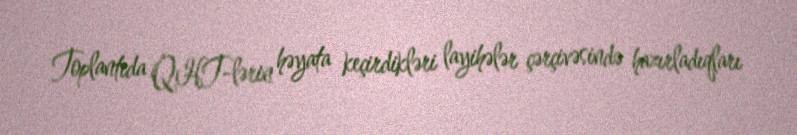
Toplantıda QHT-lərin həyata keçirdikləri layihələr çərçivəsində hazırladıqları